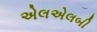
એલએલબી